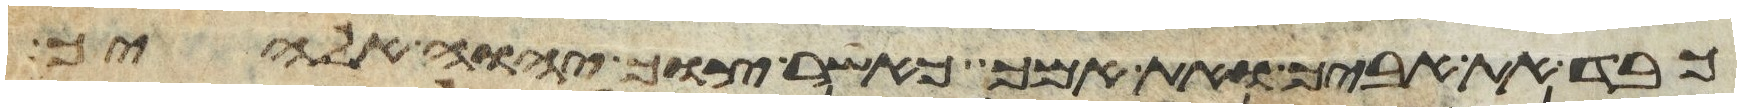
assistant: כבד את אביך ואת אמך כאשר צוך יהוה אלהיך